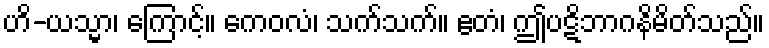
ဟိ-ယသ္မာ၊ ကြောင့်။ ကေဝလံ၊ သက်သက်။ ဧတံ၊ ဤပဋိဘာဂနိမိတ်သည်။